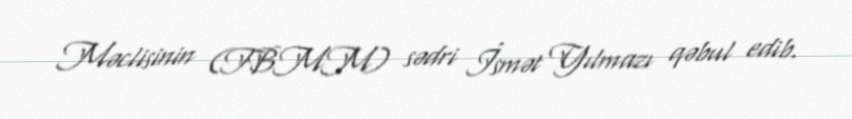
Məclisinin (TBMM) sədri İsmət Yılmazı qəbul edib.